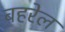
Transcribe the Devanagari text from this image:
बहरेल